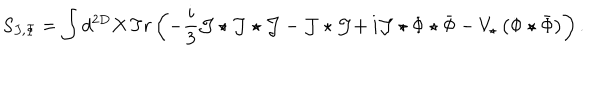
S _ { J , \Phi } = \int d ^ { 2 D } X \, T r \left( - \frac { i } { 3 } \mathcal { J } \star \mathcal { J } \star \mathcal { J } - \mathcal { J } \star \mathcal { J } \mathbf { + \, } i \mathcal { J } \star \Phi \star \bar { \Phi } - V _ { \star } \left( \Phi \star \bar { \Phi } \right) \right) .